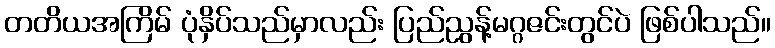
တတိယအကြိမ် ပုံနှိပ်သည်မှာလည်း ပြည်ညွန့်မဂ္ဂဇင်းတွင်ပဲ ဖြစ်ပါသည်။